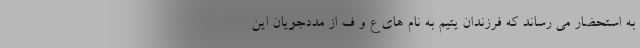
به استحضار می رساند که فرزندان یتیم به نام های ع و ف از مددجویان این